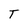
Character: T